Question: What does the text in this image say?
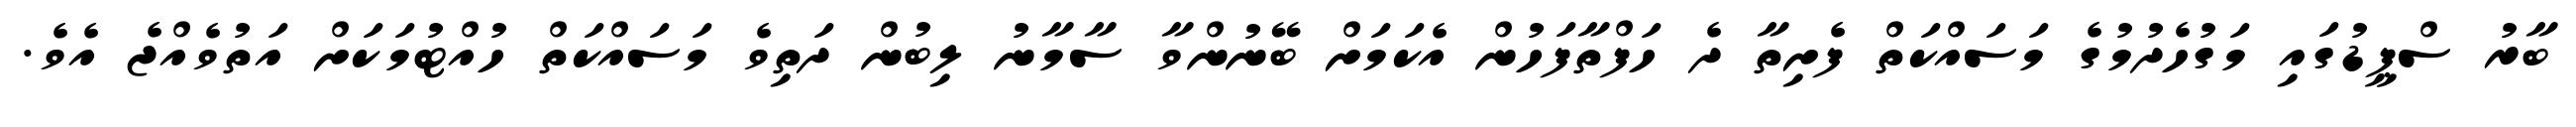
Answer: ބާރު ސްޕީޑުގައި މަގުހެދުމުގެ މަސައްކަތް ފެށިތާ ދެ ހަފްތާފަހުން އެކަމަށް ބޭނުންވާ ސާމާނު ލިބުން ދަތިވެ މަސައްކަތް ހުއްޓުމަކަށް އަތުވެއްޖެ އެވެ.